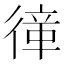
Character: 𢕎